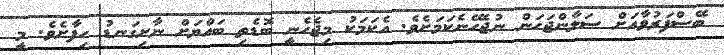
ބޭސްފަރުވާއަށް ސަލާންޖަހަން ނުޖެހޭނެކަމަށެވެ. އެކަމަކު މިޖެހެނީ ބޮޑެތި ބައްޔަށް ނާށިގަނޑު ހިފާށެވެ. މީ